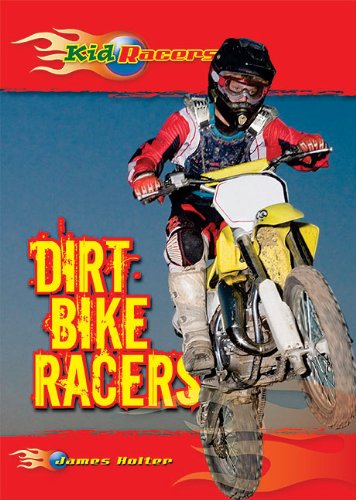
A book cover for Dirt Bike Racers (Kid Racers); James Holter; Children's Books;